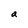
Character: a